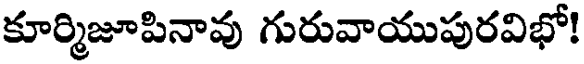
కూర్మిజూపినావు గురువాయుపురవిభో!